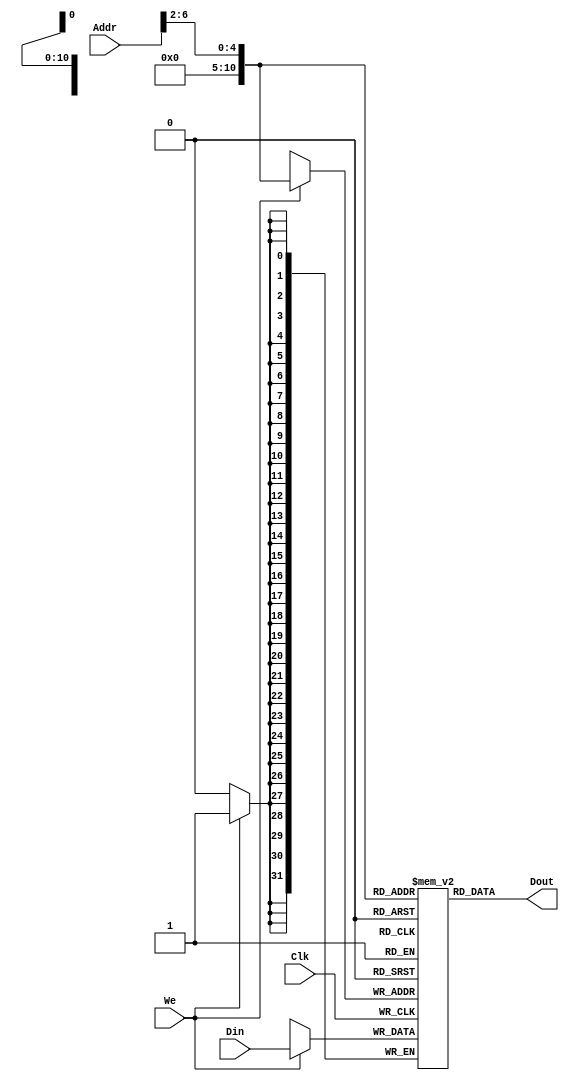
`timescale 1ns / 1ps
//////////////////////////////////////////////////////////////////////////////////
// Company: 
// Engineer: 
// 
// Design Name: 
// Module Name: DATAMEM
// Project Name: 
// Target Devices: 
// Tool Versions: 
// Description: 
// 
// Dependencies: 
// 
// Revision:
// Revision 0.01 - File Created
// Additional Comments:
// 
//////////////////////////////////////////////////////////////////////////////////


module dm_4k(Addr,Din,We,Clk,Dout);
    input[31:0]Addr,Din;
    input Clk,We;
    output[31:0]Dout;
    reg[31:0]Ram[1024:0];

    assign Dout=Ram[Addr[6:2]];
    
    always@(posedge Clk)begin
        if(We)
            Ram[Addr[6:2]]<=Din;
    end

    integer i;
    initial begin
        for(i=0;i<32;i=i+1)
            Ram[i]=0;
    end
endmodule